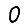
Digit: 0